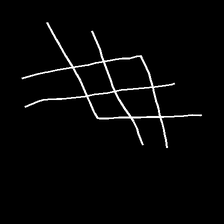
Glyph: crystal